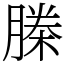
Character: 榺